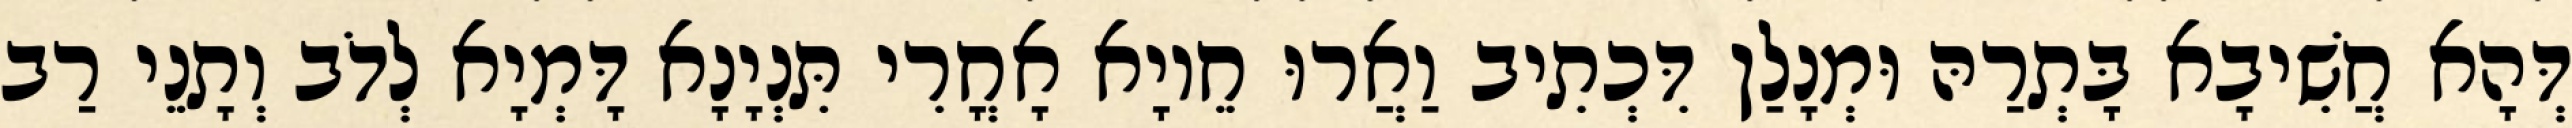
דְּהָא חֲשִׁיבָא בָּתְרַהּ וּמְנָלַן דִּכְתִיב וַאֲרוּ חֵיוָא אָחֳרִי תִּנְיָנָא דָּמְיָא לְדֹב וְתָנֵי רַב